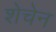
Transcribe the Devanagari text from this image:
शेचेन